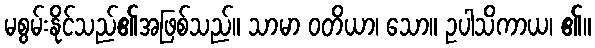
မစွမ်းနိုင်သည်၏အဖြစ်သည်။ သာမာ ဝတိယာ၊ သော။ ဥပါသိကာယ၊ ၏။